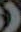
(